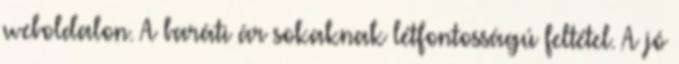
weboldalon. A baráti ár sokaknak létfontosságú feltétel. A jó